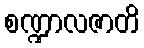
စဏ္ဍာလဇာတိ